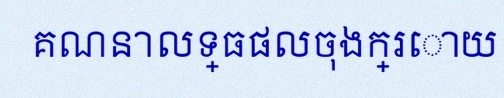
គណនាលទ្ធផលចុងក្រោយ